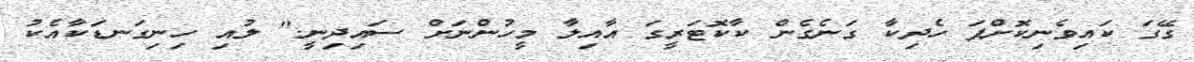
ގޭގަ ކައިވެނިކޮށްފަ ހެދިކާ ގަނެގެން ކާކޮޓަރީގަ އާއިލާ މީހުންނަށް ސައިދިނީ." ލުއި ހިނިގަނޑަކާއެކު